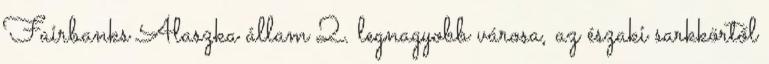
Fairbanks Alaszka állam 2. legnagyobb városa, az északi sarkkörtől